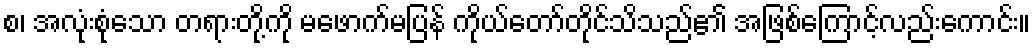
စ၊ အလုံးစုံသော တရားတို့ကို မဖောက်မပြန် ကိုယ်တော်တိုင်သိသည်၏ အဖြစ်ကြောင့်လည်းကောင်း။